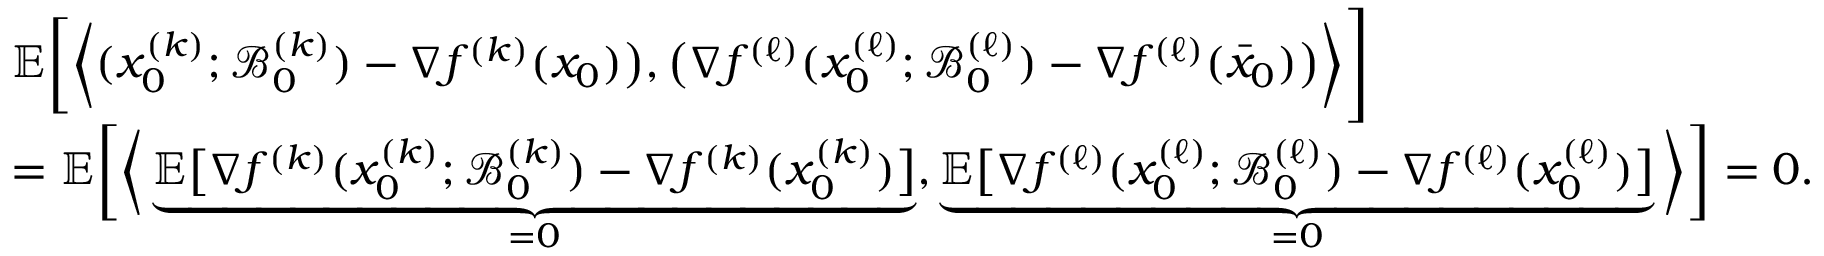
\begin{array} { r l } & { \mathbb { E } \bigg [ \bigg \langle ( { x } _ { 0 } ^ { ( k ) } ; \mathcal { B } _ { 0 } ^ { ( k ) } ) - \nabla f ^ { ( k ) } ( x _ { 0 } ) \big ) , \big ( \nabla f ^ { ( \ell ) } ( x _ { 0 } ^ { ( \ell ) } ; \mathcal { B } _ { 0 } ^ { ( \ell ) } ) - \nabla f ^ { ( \ell ) } ( \bar { x } _ { 0 } ) \big ) \bigg \rangle \Bigg ] } \\ & { = \mathbb { E } \bigg [ \bigg \langle \underbrace { \mathbb { E } \big [ \nabla f ^ { ( k ) } ( { x } _ { 0 } ^ { ( k ) } ; \mathcal { B } _ { 0 } ^ { ( k ) } ) - \nabla f ^ { ( k ) } ( { x } _ { 0 } ^ { ( k ) } ) \big ] } _ { = 0 } , \underbrace { \mathbb { E } \big [ \nabla f ^ { ( \ell ) } ( { x } _ { 0 } ^ { ( \ell ) } ; \mathcal { B } _ { 0 } ^ { ( \ell ) } ) - \nabla f ^ { ( \ell ) } ( x _ { 0 } ^ { ( \ell ) } ) \big ] } _ { = 0 } \bigg \rangle \bigg ] = 0 . } \end{array}